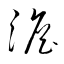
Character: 澹